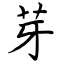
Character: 芽